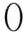
0